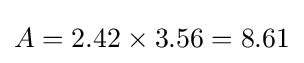
A=2.42\times 3.56=8.61